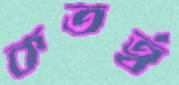
কতর্ত্ব